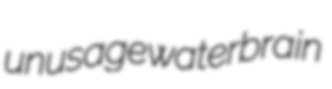
unusage waterbrain